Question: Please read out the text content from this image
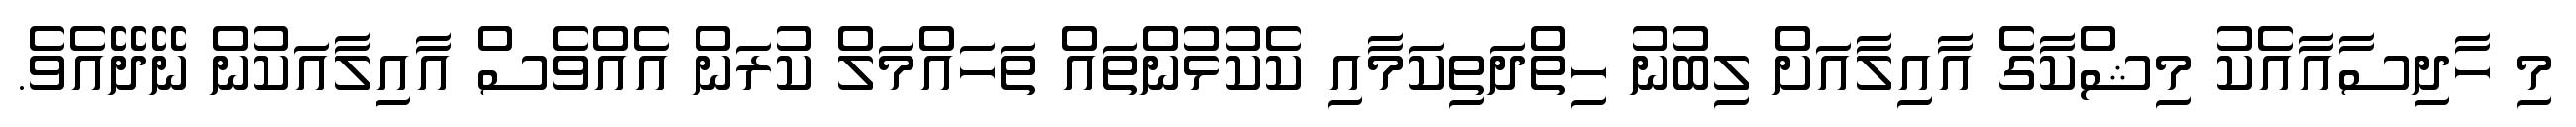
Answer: މި ހާދިސާއާއެކު މިޝްކާގެ އާއިލާއަށް ލިބުނު ހިތްދަތިކަމާއި ކެކުޅުންތައް ތަހައްމަލް ކުރަން އެއްވެސް އާއިލާއަކުން ނޭދޭއެވެ.